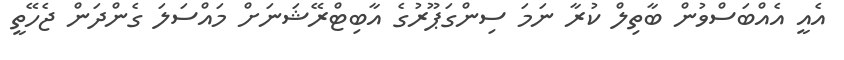
އެއީ އެއްބަސްވުން ބާތިލް ކުރާ ނަމަ ސިންގަޕޫރުގެ އާބިޓްރޭޝަނަށް މައްސަލަ ގެންދަން ޖެހޭތީ